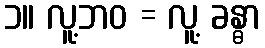
၁။ လူ့ဘဝ = လူ့ ခန္ဓာ